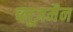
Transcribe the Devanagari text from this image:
ब्लूज़मैन